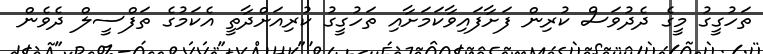
ތަހުގީގު މީގެ ދެދުވަސް ކުރިން ފަށާފައިވާކަމަށާއި ތަހުގީގު ކުރިއަށްދާތީ އެކަމުގެ ތަފްސީލް ދެވެން